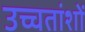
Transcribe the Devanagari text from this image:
उच्चतांशों